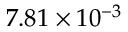
7 . 8 1 \times 1 0 ^ { - 3 }